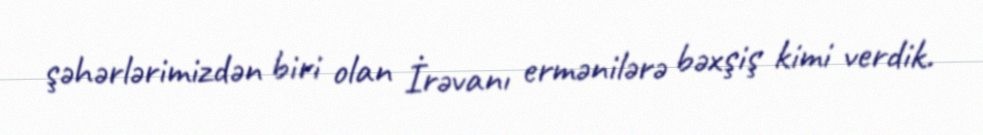
şəhərlərimizdən biri olan İrəvanı ermənilərə bəxşiş kimi verdik.